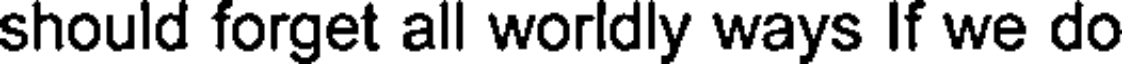
should forget all worldly ways If we do